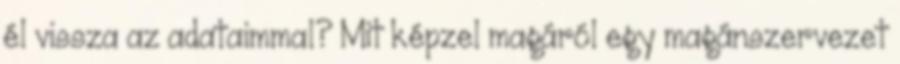
él vissza az adataimmal? Mit képzel magáról egy magánszervezet